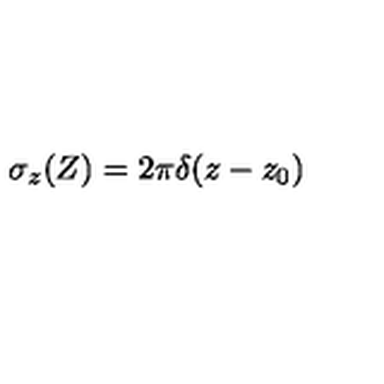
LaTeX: \sigma _ { z } ( Z ) = 2 \pi \delta ( z - z _ { 0 } )